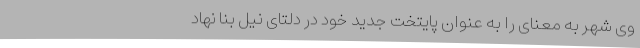
وی شهر به معنای را به عنوان پایتخت جدید خود در دلتای نیل بنا نهاد